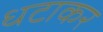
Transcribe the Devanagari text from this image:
धटाकर